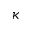
\kappa